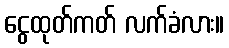
ငွေထုတ်ကတ် လက်ခံလား။